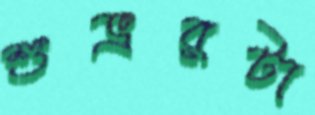
শুভ্ররটা